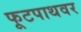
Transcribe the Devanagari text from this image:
फूटपाथवर